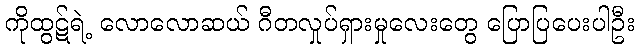
ကိုထွဋ်ရဲ့ လောလောဆယ် ဂီတလှုပ်ရှားမှုလေးတွေ ပြောပြပေးပါဦး